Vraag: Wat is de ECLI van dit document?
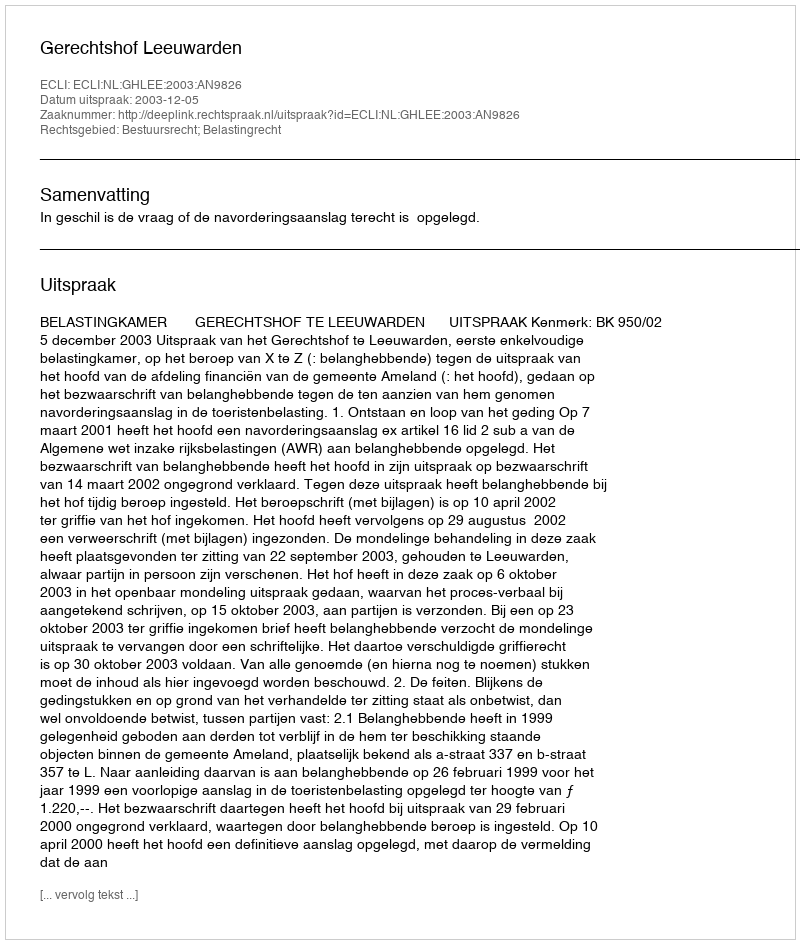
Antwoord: ECLI:NL:GHLEE:2003:AN9826